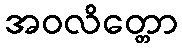
အဝလိတ္တော